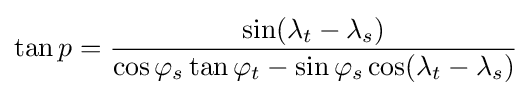
\tan p={\frac {\sin(\lambda _{t}-\lambda _{s})}{\cos \varphi _{s}\tan \varphi _{t}-\sin \varphi _{s}\cos(\lambda _{t}-\lambda _{s})}}